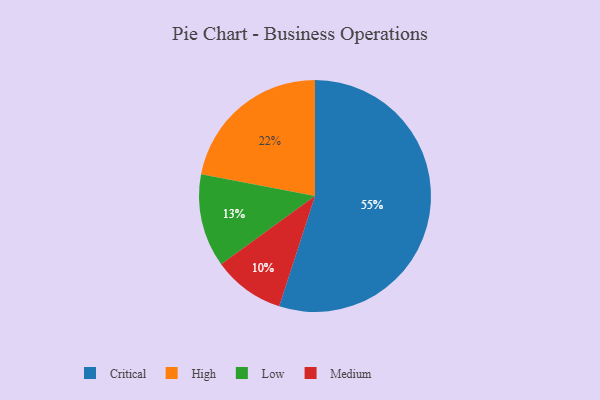
{"axis": {"x": "Category", "y": "Percentage"}, "legend": ["Critical", "High", "Low", "Medium"], "data": [{"x": "Medium", "y": 10, "type": "Medium"}, {"x": "High", "y": 22, "type": "High"}, {"x": "Low", "y": 13, "type": "Low"}, {"x": "Critical", "y": 55, "type": "Critical"}]}